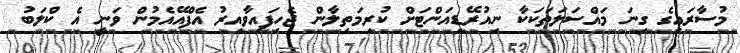
މުސާރައިގެ ގިނަ މައްސަލަތަކަކާ ނިއުރޭޑިއަންޓަށް ކުރިމަތިލާން ޖެހިފައިވާއިރު އެފްއޭއެމުން ވަނީ އެ ކްލަބު